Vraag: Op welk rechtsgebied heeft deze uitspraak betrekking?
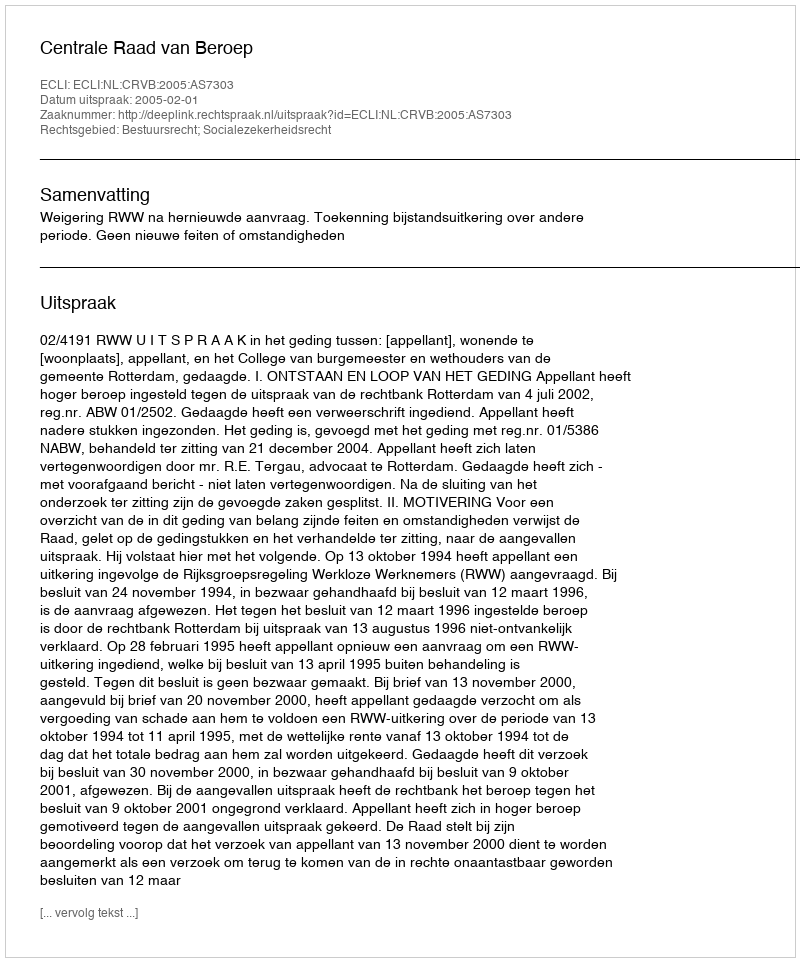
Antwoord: Bestuursrecht; Socialezekerheidsrecht